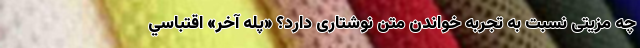
چه مزیتی نسبت به تجربه خواندن متن نوشتاری دارد؟ «پله آخر» اقتباسي